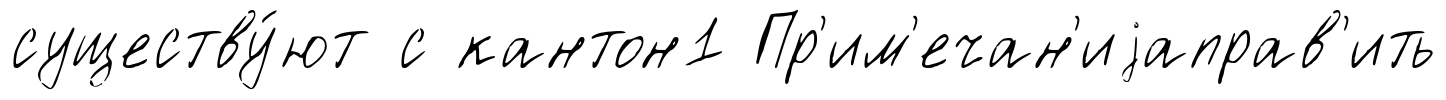
существу́ют с кантон1 Пр'им'ечан'иjаправ'ить